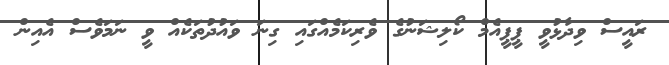
ރައީސް ވިދާޅުވީ ޕީޕީއެމް ކޯލިޝަނުގެ ވެރިކަމެއްގައި ގިނަ ވައުދުތަކެއް ވީ ނަމަވެސް އެއިން